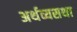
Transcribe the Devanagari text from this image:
अर्थव्यसथा